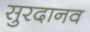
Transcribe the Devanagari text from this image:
सुरदानव